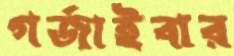
গর্জাইবার